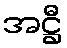
အဋ္ဌီ